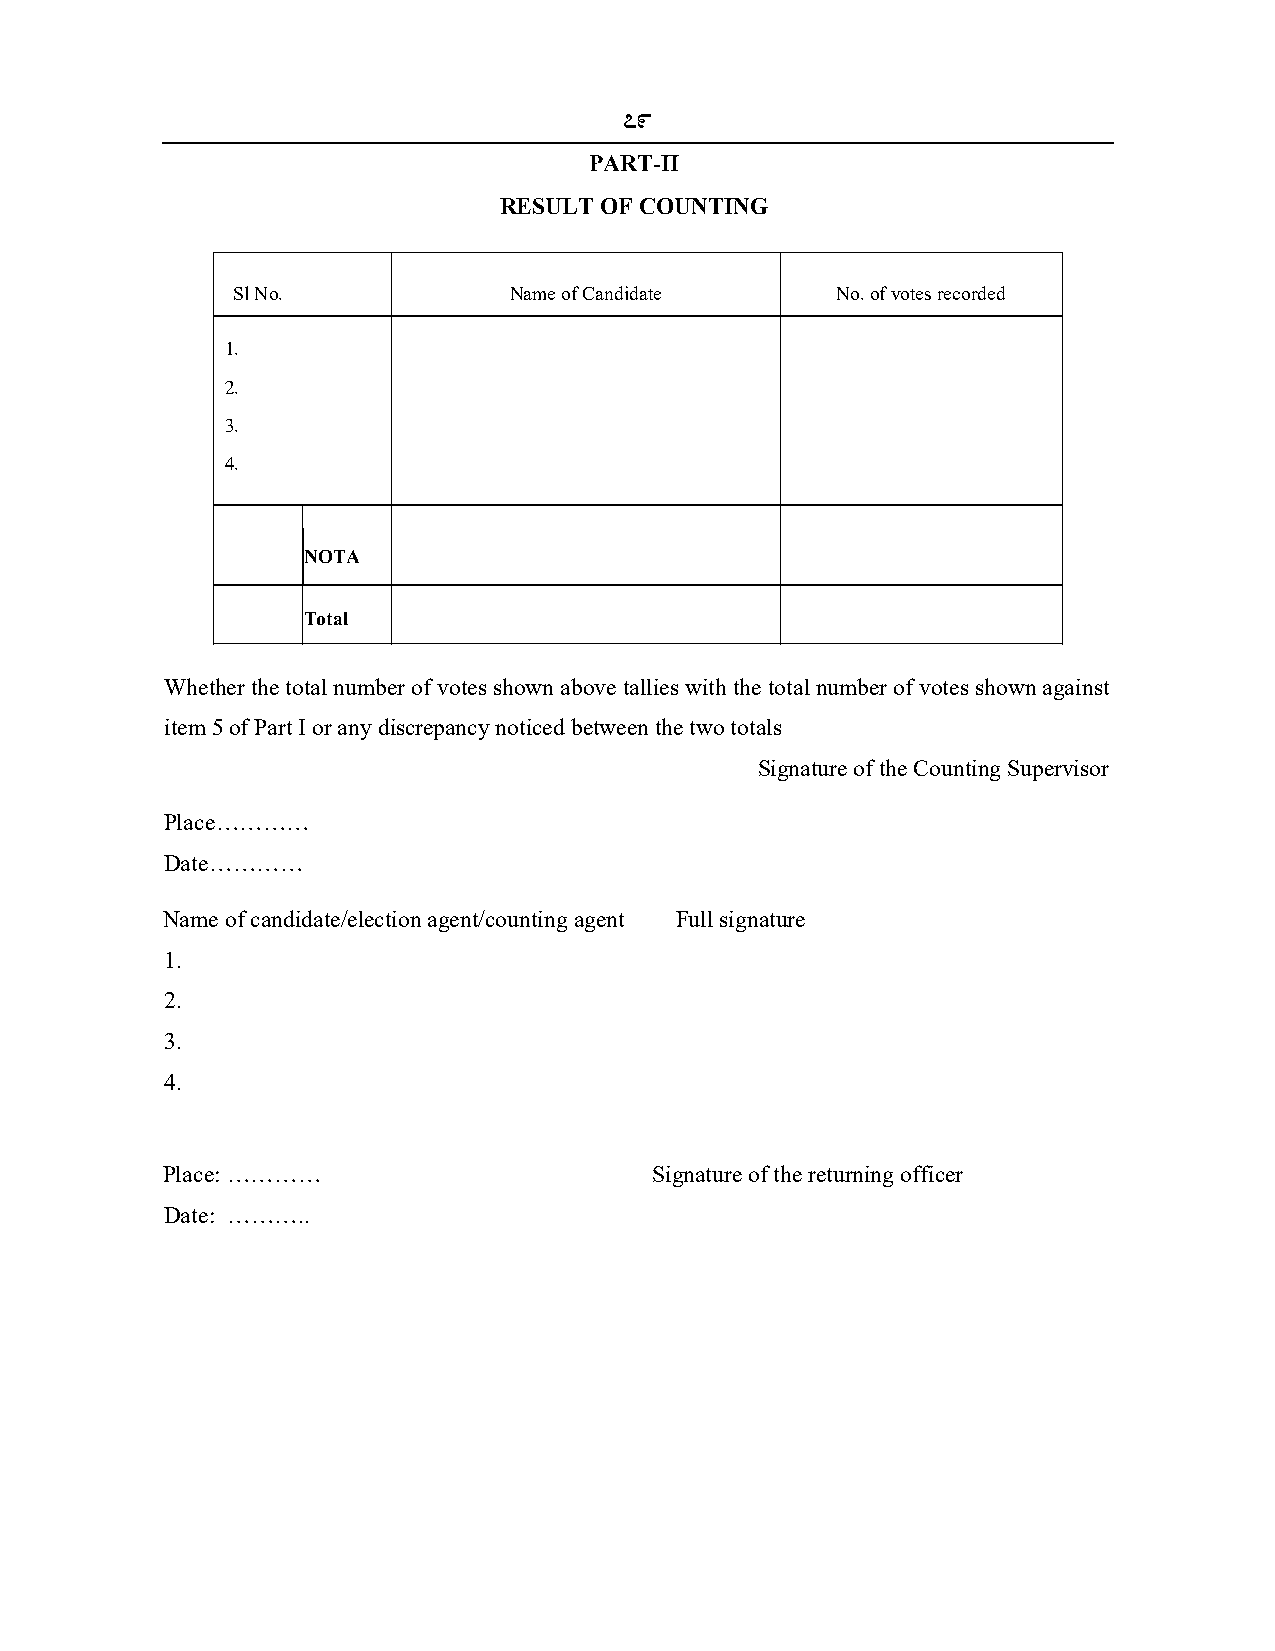
79
 PART-II
 RESULT OF COUNTING
 Sl No.             Name of Candidate    No. of votes recorded
 1.
 2.
 3.
 4.
 NOTA
 Total
 Whether the total number of votes shown above tallies with the total number of votes shown against
 item 5 of Part I or any discrepancy noticed between the two totals
 Signature of the Counting Supervisor
 Place…………
 Date…………
 Name of candidate/election agent/counting agent Full signature
 1.
 2.
 3.
 4.
 Place: …………                     Signature of the returning officer
 Date: ………..